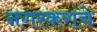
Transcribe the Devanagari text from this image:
नगरकरांचे